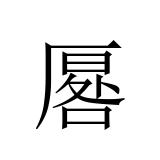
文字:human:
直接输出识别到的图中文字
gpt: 厬